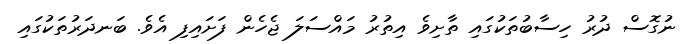
ނުގޮސް ދުރު ހިސާބުތަކުގައި ތާށިވެ އިތުރު މައްސަލަ ޖެހެން ފަށައިފި އެވެ. ބަނދަރުތަކުގައި